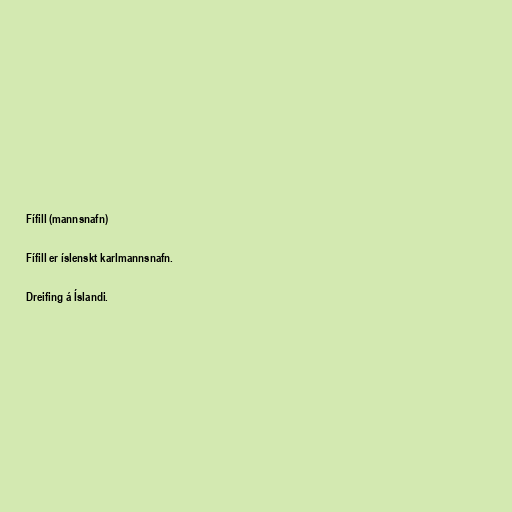
Fífill (mannsnafn)

Fífill er íslenskt karlmannsnafn.

Dreifing á Íslandi.